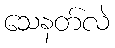
သေနတ်လဲ